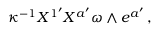
\kappa ^ { - 1 } X ^ { 1 ^ { \prime } } X ^ { a ^ { \prime } } \omega \wedge e ^ { a ^ { \prime } } \, ,